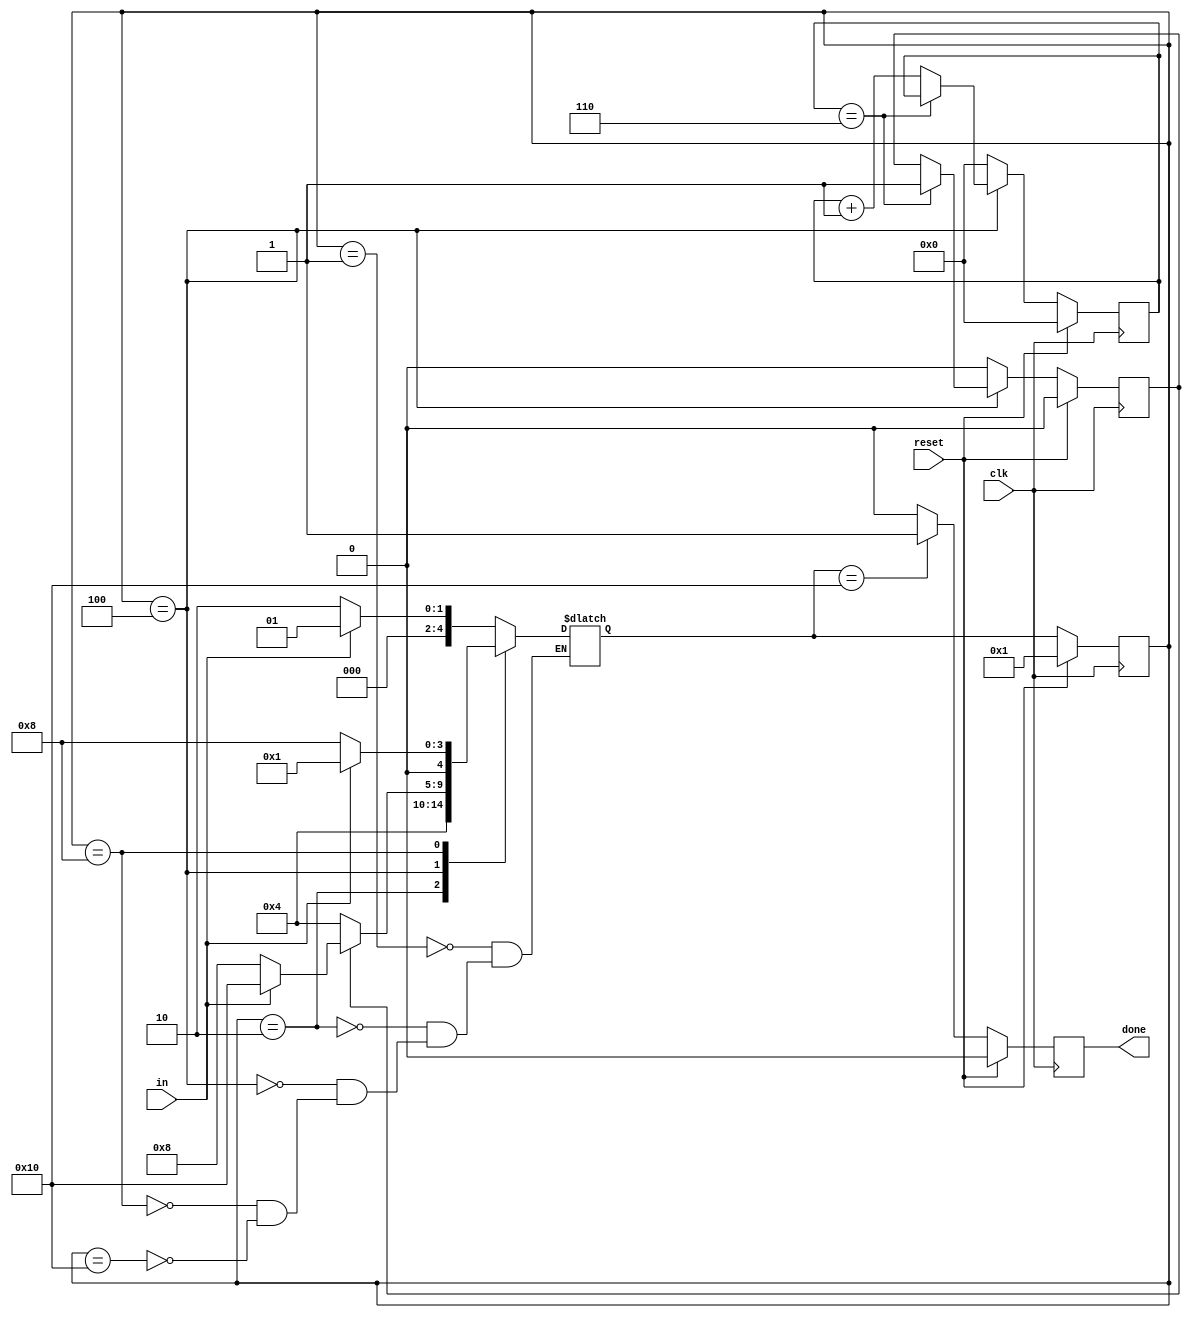
module top_module(
    input clk,
    input in,
    input reset,    // Synchronous reset
    output done
); 
    
    parameter IDLE  = 5'b00001 ;
    parameter START = 5'b00010 ;
    parameter DATA  = 5'b00100 ;
    parameter WAIT  = 5'b01000 ;
    parameter STOP  = 5'b10000 ;
    
    reg [4:0] cstate ;
    reg [4:0] nstate ;
    reg [3:0] data_cnt ;
    reg data_ena ;
    reg data_end ;
    reg o_done ;
    
    assign data_ena = (cstate == DATA) ;
    assign done = o_done ;
    
    always @(posedge clk) begin
        if(reset) begin
            cstate <= IDLE ;
        end
        else begin
            cstate <= nstate ;
        end
    end
    
    always @(*) begin
        case(cstate)
            IDLE  : nstate = in ? IDLE : START ;
            START : nstate = DATA ;
            DATA  : nstate = data_end ? (in ? STOP : WAIT) : DATA;
            WAIT  : nstate = in ? IDLE : WAIT ;
            STOP  : nstate = in ? IDLE : START ;
        endcase
    end
    
    always @(posedge clk) begin
        if(reset) begin
            data_cnt <= 4'b0000 ;
            data_end <= 1'b0 ;
        end
        else begin
            if(data_ena) begin
                if(data_cnt == 6) begin
                    data_end <= 1'b1 ;
                end
                else begin
                    data_cnt <= data_cnt + 1'b1 ;
                end
            end
            else begin
                data_cnt <= 4'b0000 ;
                data_end <= 1'b0 ;
            end
        end
    end
    
    always @(posedge clk) begin
        if(reset) begin
            o_done <= 1'b0 ;
        end
        else begin
            if(nstate == STOP) begin
                o_done <= 1'b1 ;
            end
            else begin
                o_done <= 1'b0 ;
            end
        end
    end
    

endmodule